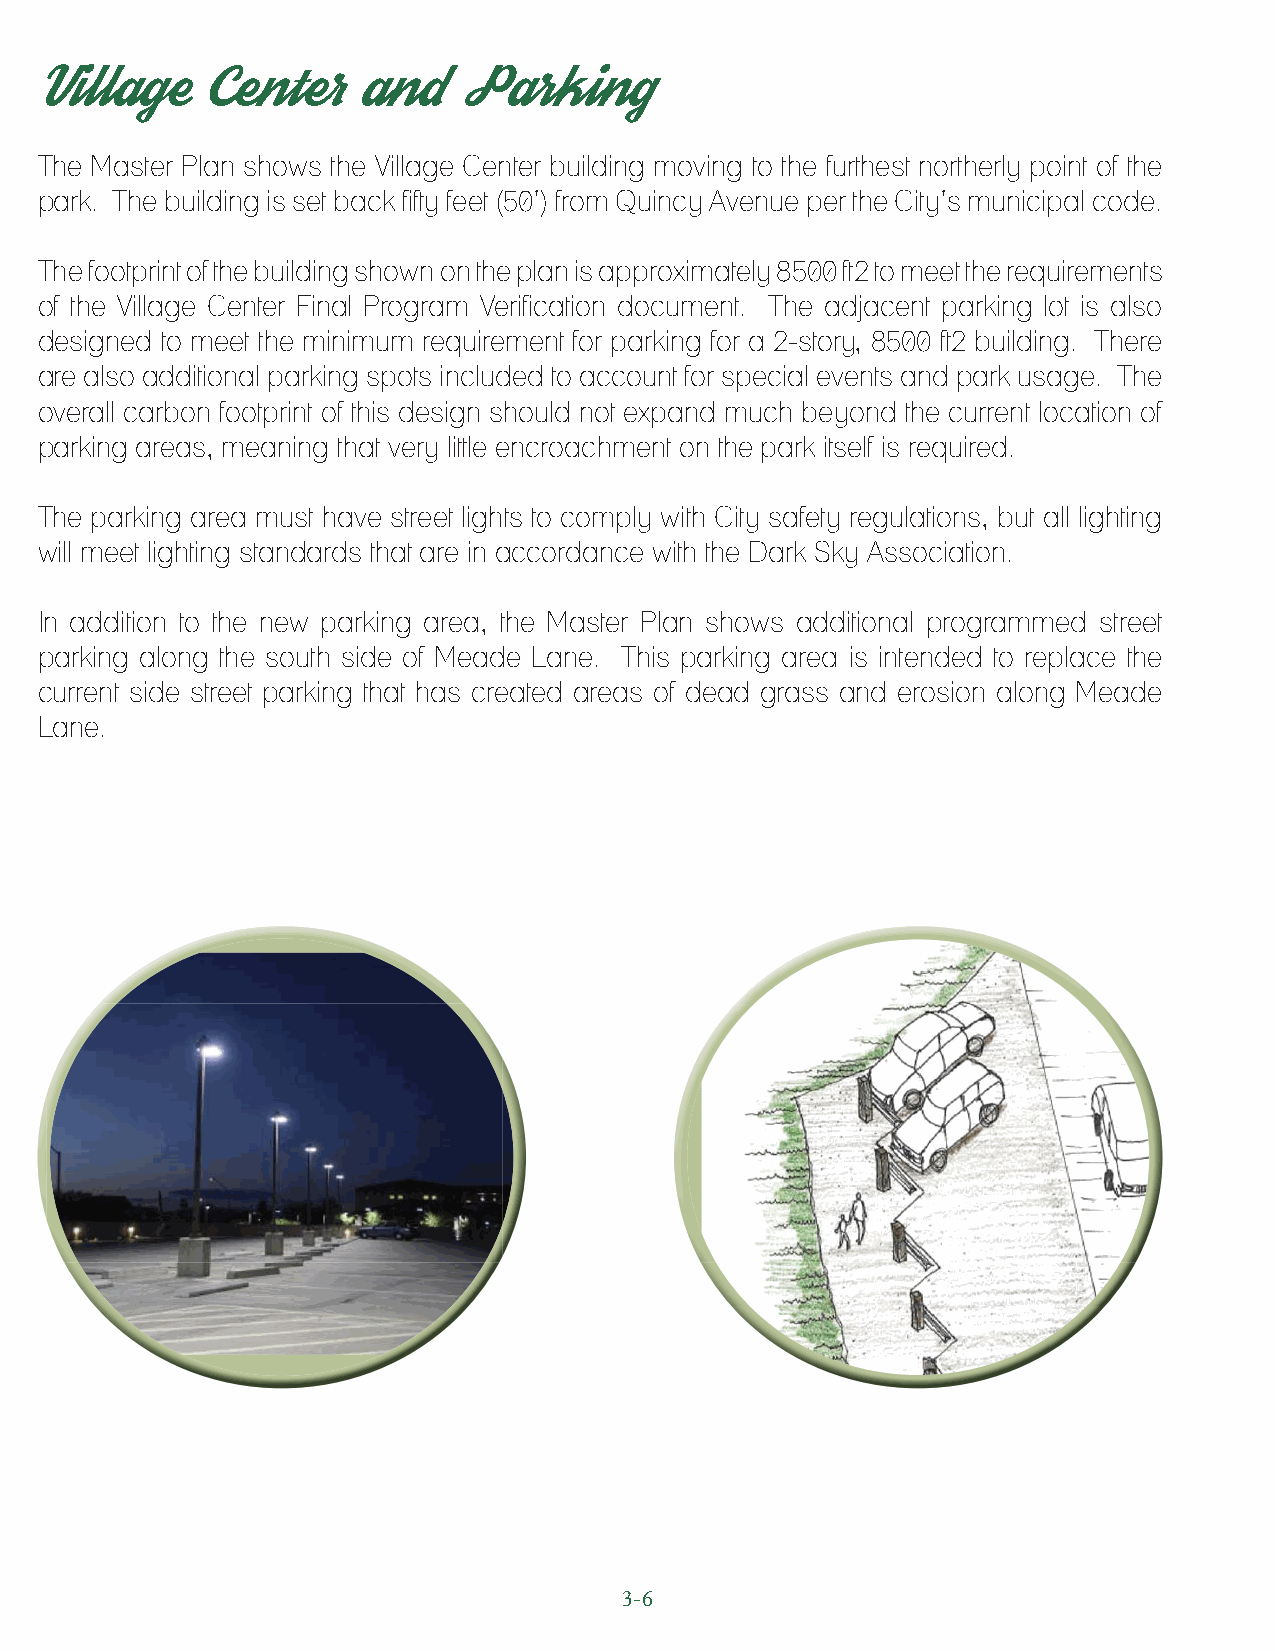
Village     Center    and    Parking
 The Master Plan shows the Village Center building moving to the furthest northerly point of the
 park. The building is set back fifty feet (50’) from Quincy Avenue per the City’s municipal code.
 The footprint of the building shown on the plan is approximately 8500 ft2 to meet the requirements
 of the Village Center Final Program Verification document. The adjacent parking lot is also
 designed to meet the minimum requirement for parking for a 2-story, 8500 ft2 building. There
 are also additional parking spots included to account for special events and park usage. The
 overall carbon footprint of this design should not expand much beyond the current location of
 parking areas, meaning that very little encroachment on the park itself is required.
 The parking area must have street lights to comply with City safety regulations, but all lighting
 will meet lighting standards that are in accordance with the Dark Sky Association.
 In addition to the new parking area, the Master Plan shows additional programmed street
 parking along the south side of Meade Lane. This parking area is intended to replace the
 current side street parking that has created areas of dead grass and erosion along Meade
 Lane.
 3-6